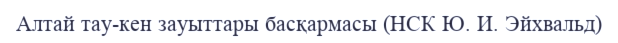
Алтай тау-кен зауыттары басқармасы (НСК Ю. И. Эйхвальд)